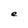
Character: e